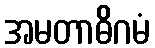
အမတာဓိဂမံ